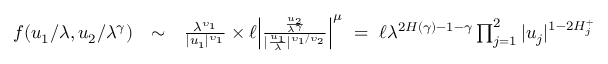
\begin{array} { r l r } { f ( u _ { 1 } / \lambda , u _ { 2 } / \lambda ^ { \gamma } ) } & { \sim } & { \frac { \lambda ^ { \upsilon _ { 1 } } } { | u _ { 1 } | ^ { \upsilon _ { 1 } } } \times \ell \Big | \frac { \frac { u _ { 2 } } { \lambda ^ { \gamma } } } { | \frac { u _ { 1 } } { \lambda } | ^ { \upsilon _ { 1 } / \upsilon _ { 2 } } } \Big | ^ { \mu } \ = \ \ell \lambda ^ { 2 H ( \gamma ) - 1 - \gamma } \prod _ { j = 1 } ^ { 2 } | u _ { j } | ^ { 1 - 2 H _ { j } ^ { + } } } \end{array}